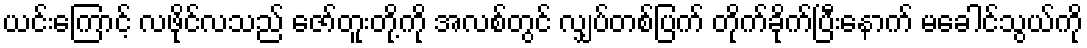
ယင်းကြောင့် လဖိုင်လသည် ဇော်တူးတို့ကို အလစ်တွင် လျှပ်တစ်ပြက် တိုက်ခိုက်ပြီးနောက် မခေါင်သွယ်ကို